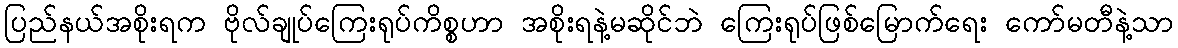
ပြည်နယ်အစိုးရက ဗိုလ်ချုပ်ကြေးရုပ်ကိစ္စဟာ အစိုးရနဲ့မဆိုင်ဘဲ ကြေးရုပ်ဖြစ်မြောက်ရေး ကော်မတီနဲ့သာ